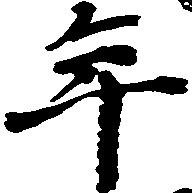
年